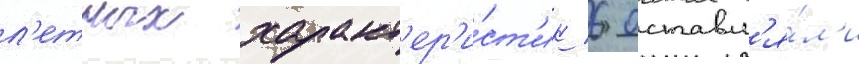
л'етных характ'ер'и́ст'ик 6 оставл'я́л'и